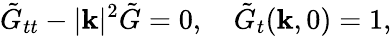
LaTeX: \tilde{G}_{tt}-|\mathbf{k}|^{2}\tilde{G}=0,\quad\tilde{G}_{t}(\mathbf{k},0)=1,